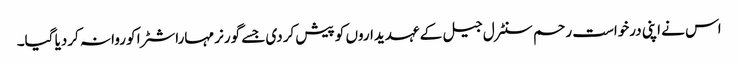
اس نے اپنی درخواست رحم سنٹرل جیل کے عہدیداروں کو پیش کردی جسے گورنر مہاراشٹرا کو روانہ کردیا گیا۔